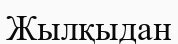
Жылқыдан